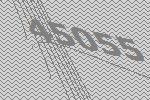
45055